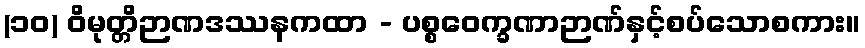
(၁၀) ဝိမုတ္တိဉာဏဒဿနကထာ - ပစ္စဝေက္ခဏာဉာဏ်နှင့်စပ်သောစကား။